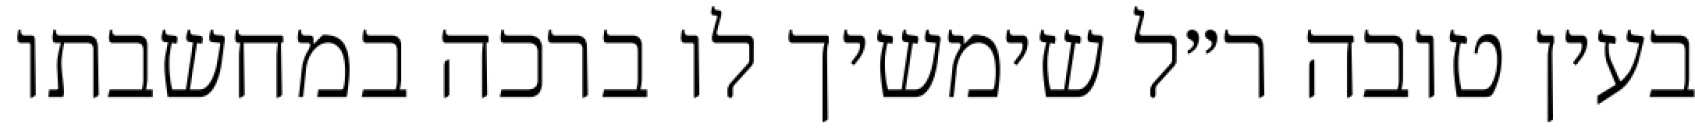
בעין טובה ר״ל שימשיך לו ברכה במחשבתו